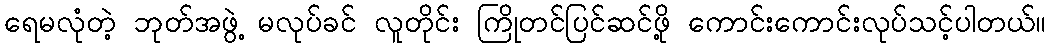
ရေမလုံတဲ့ ဘုတ်အဖွဲ့ မလုပ်ခင် လူတိုင်း ကြိုတင်ပြင်ဆင်ဖို့ ကောင်းကောင်းလုပ်သင့်ပါတယ်။